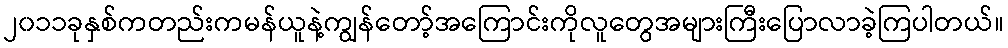
၂၀၁၁ခုနှစ်ကတည်းကမန်ယူနဲ့ကျွန်တော့်အကြောင်းကိုလူတွေအများကြီးပြောလာခဲ့ကြပါတယ်။